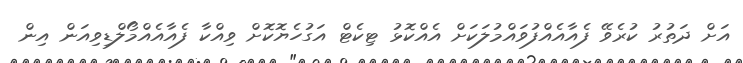
އަށް ދަތުރު ކުރެވޭ ފެއާއެއްފުވައްމުލަކަށް އެއްކޮޅު ޓިކެޓް އަގުހެޔޮކޮށް ވިއްކާ ފެއާއެއްމޯލްޑިވިއަން އިން